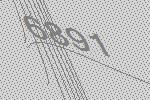
6891